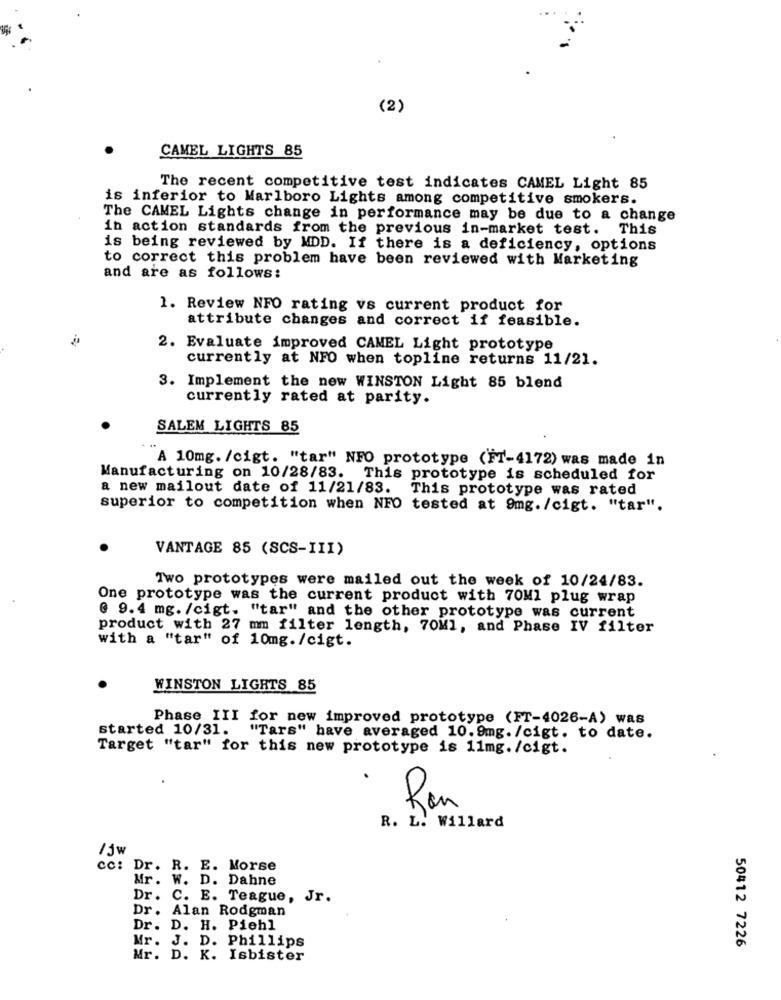
(2)
CAMEL LIGHTS 85
The recent competitive test indicates CAMEL Light 85
is inferior to Marlboro Lights among competitive smokers.
The CAMEL Lights change in performance may be due to a change
in action standards from the previous in-market test. This
is being reviewed by MDD. If there is a deficiency, options
to correct this problem have been reviewed with Marketing
and are as follows:
1. Review NFO rating vs current product for
attribute changes and correct if feasible.
2. Evaluate improved CAMEL Light prototype
currently at NFO when topline returns 11/21.
3. Implement the new WINSTON Light 85 blend
currently rated at parity.
SALEM LIGHTS 85
A 10mg. /cigt. "tar" NFO prototype (FT-4172) was made in
Manufacturing on 10/28/83. This prototype is scheduled for
a new mailout date of 11/21/83. This prototype was rated
superior to competition when NFO tested at 9mg. /cigt. "tar".
VANTAGE 85 (SCS-III)
Two prototypes were mailed out the week of 10/24/83.
One prototype was the current product with 70Ml plug wrap
@ 9.4 mg. /cigt. "tar" and the other prototype was current
product with 27 mm filter length, 70Ml, and Phase IV filter
with a "tar" of 10mg. /cigt.
WINSTON LIGHTS 85
Phase III for new improved prototype (FT-4026-A) was
started 10/31.
"Tars" have averaged 10.9mg. /cigt. to date.
Target "tar" for this new prototype is 11mg. /cigt.
Ron
R. L. Willard
cc: Dr. R. E. Morse
Mr. W. D. Dahne
Dr. C. E. Teague, Jr.
Dr. Alan Rodgman
Dr. D. H. Piehl
Mr. J. D. Phillips
50412 7226
Mr. D. K. Isbister